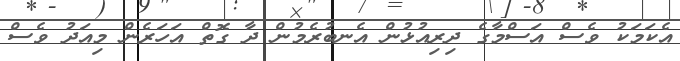
އެކަމަކު ވެސް އަސްމާގެ ދިރިއުޅުން އެނބުރެމުން ދާ ގޮތް އަހަރެން މިއަދު ވެސް